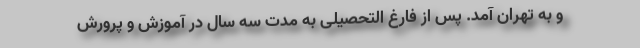
و به تهران آمد. پس از فارغ التحصیلی به مدت سه سال در آموزش و پرورش